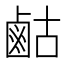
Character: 𮭫